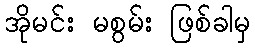
အိုမင်း မစွမ်း ဖြစ်ခါမှ